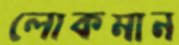
লোকমান